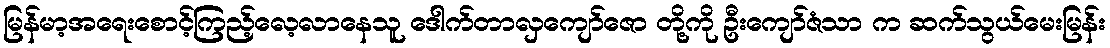
မြန်မာ့အရေးစောင့်ကြည့်လေ့လာနေသူ ဒေါက်တာလှကျော်ဇော တို့ကို ဦးကျော်ဇံသာ က ဆက်သွယ်မေးမြန်း